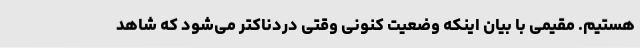
هستیم. مقیمی با بیان اینکه وضعیت کنونی وقتی دردناکتر می‌شود که شاهد